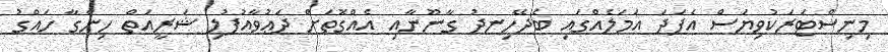
މިނިސްޓަރަކުވިޔަސް އެފަދަ އަމަލެއްގައި ބެދޭހިނދު ގާނޫނާއި އެއްގޮތަށް ދަޢުވާއުފުލި ޝަރީއަތް ހިންގާ ހައްގު